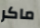
ماكر